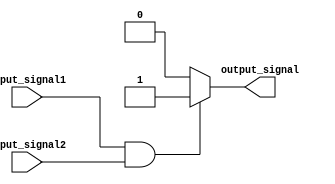
module generate_function(
    input wire input_signal1,
    input wire input_signal2,
    output reg output_signal
);

always @* begin
    if(input_signal1 && input_signal2) begin
        output_signal = 1;
    end else begin
        output_signal = 0;
    end
end

endmodule